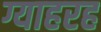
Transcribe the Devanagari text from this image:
ग्याहरह